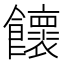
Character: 𩟮